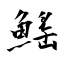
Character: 鰩